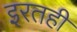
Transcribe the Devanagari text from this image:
इरतही